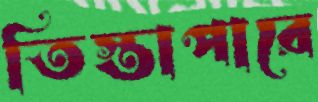
তিস্তাপারে